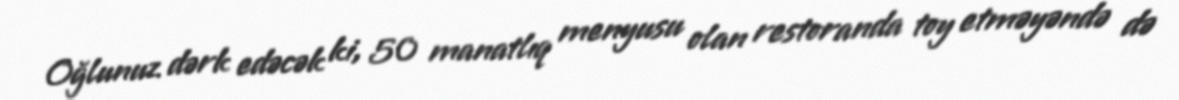
Oğlunuz dərk edəcək ki, 50 manatlıq menyusu olan restoranda toy etməyəndə də